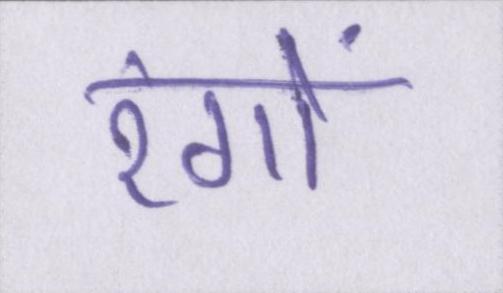
रंगों